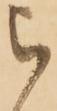
被